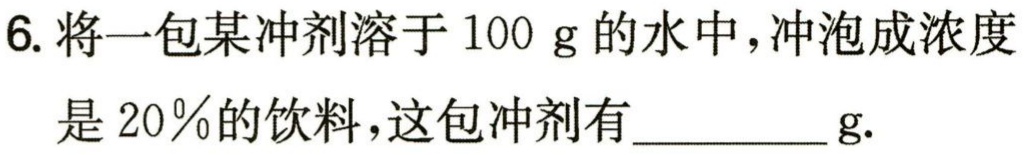
6. 将一包某冲剂溶于 \(100\ \text{g}\) 的水中，冲泡成浓度是 \(20\%\)的饮料，这包冲剂有_________g.